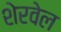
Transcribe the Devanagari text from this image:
शेरवेल